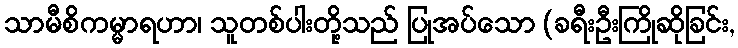
သာမီစိကမ္မာရဟာ၊ သူတစ်ပါးတို့သည် ပြုအပ်သော (ခရီးဦးကြိုဆိုခြင်း,